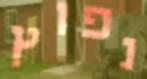
נפוץ